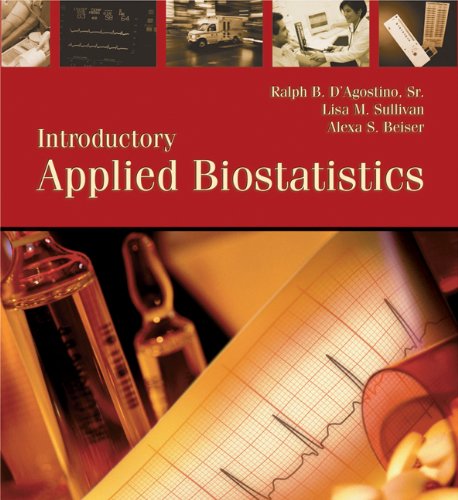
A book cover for Introductory Applied Biostatistics (with CD-ROM); Sr.  Ralph D'Agostino; Medical Books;